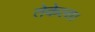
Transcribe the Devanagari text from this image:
तेकेला।